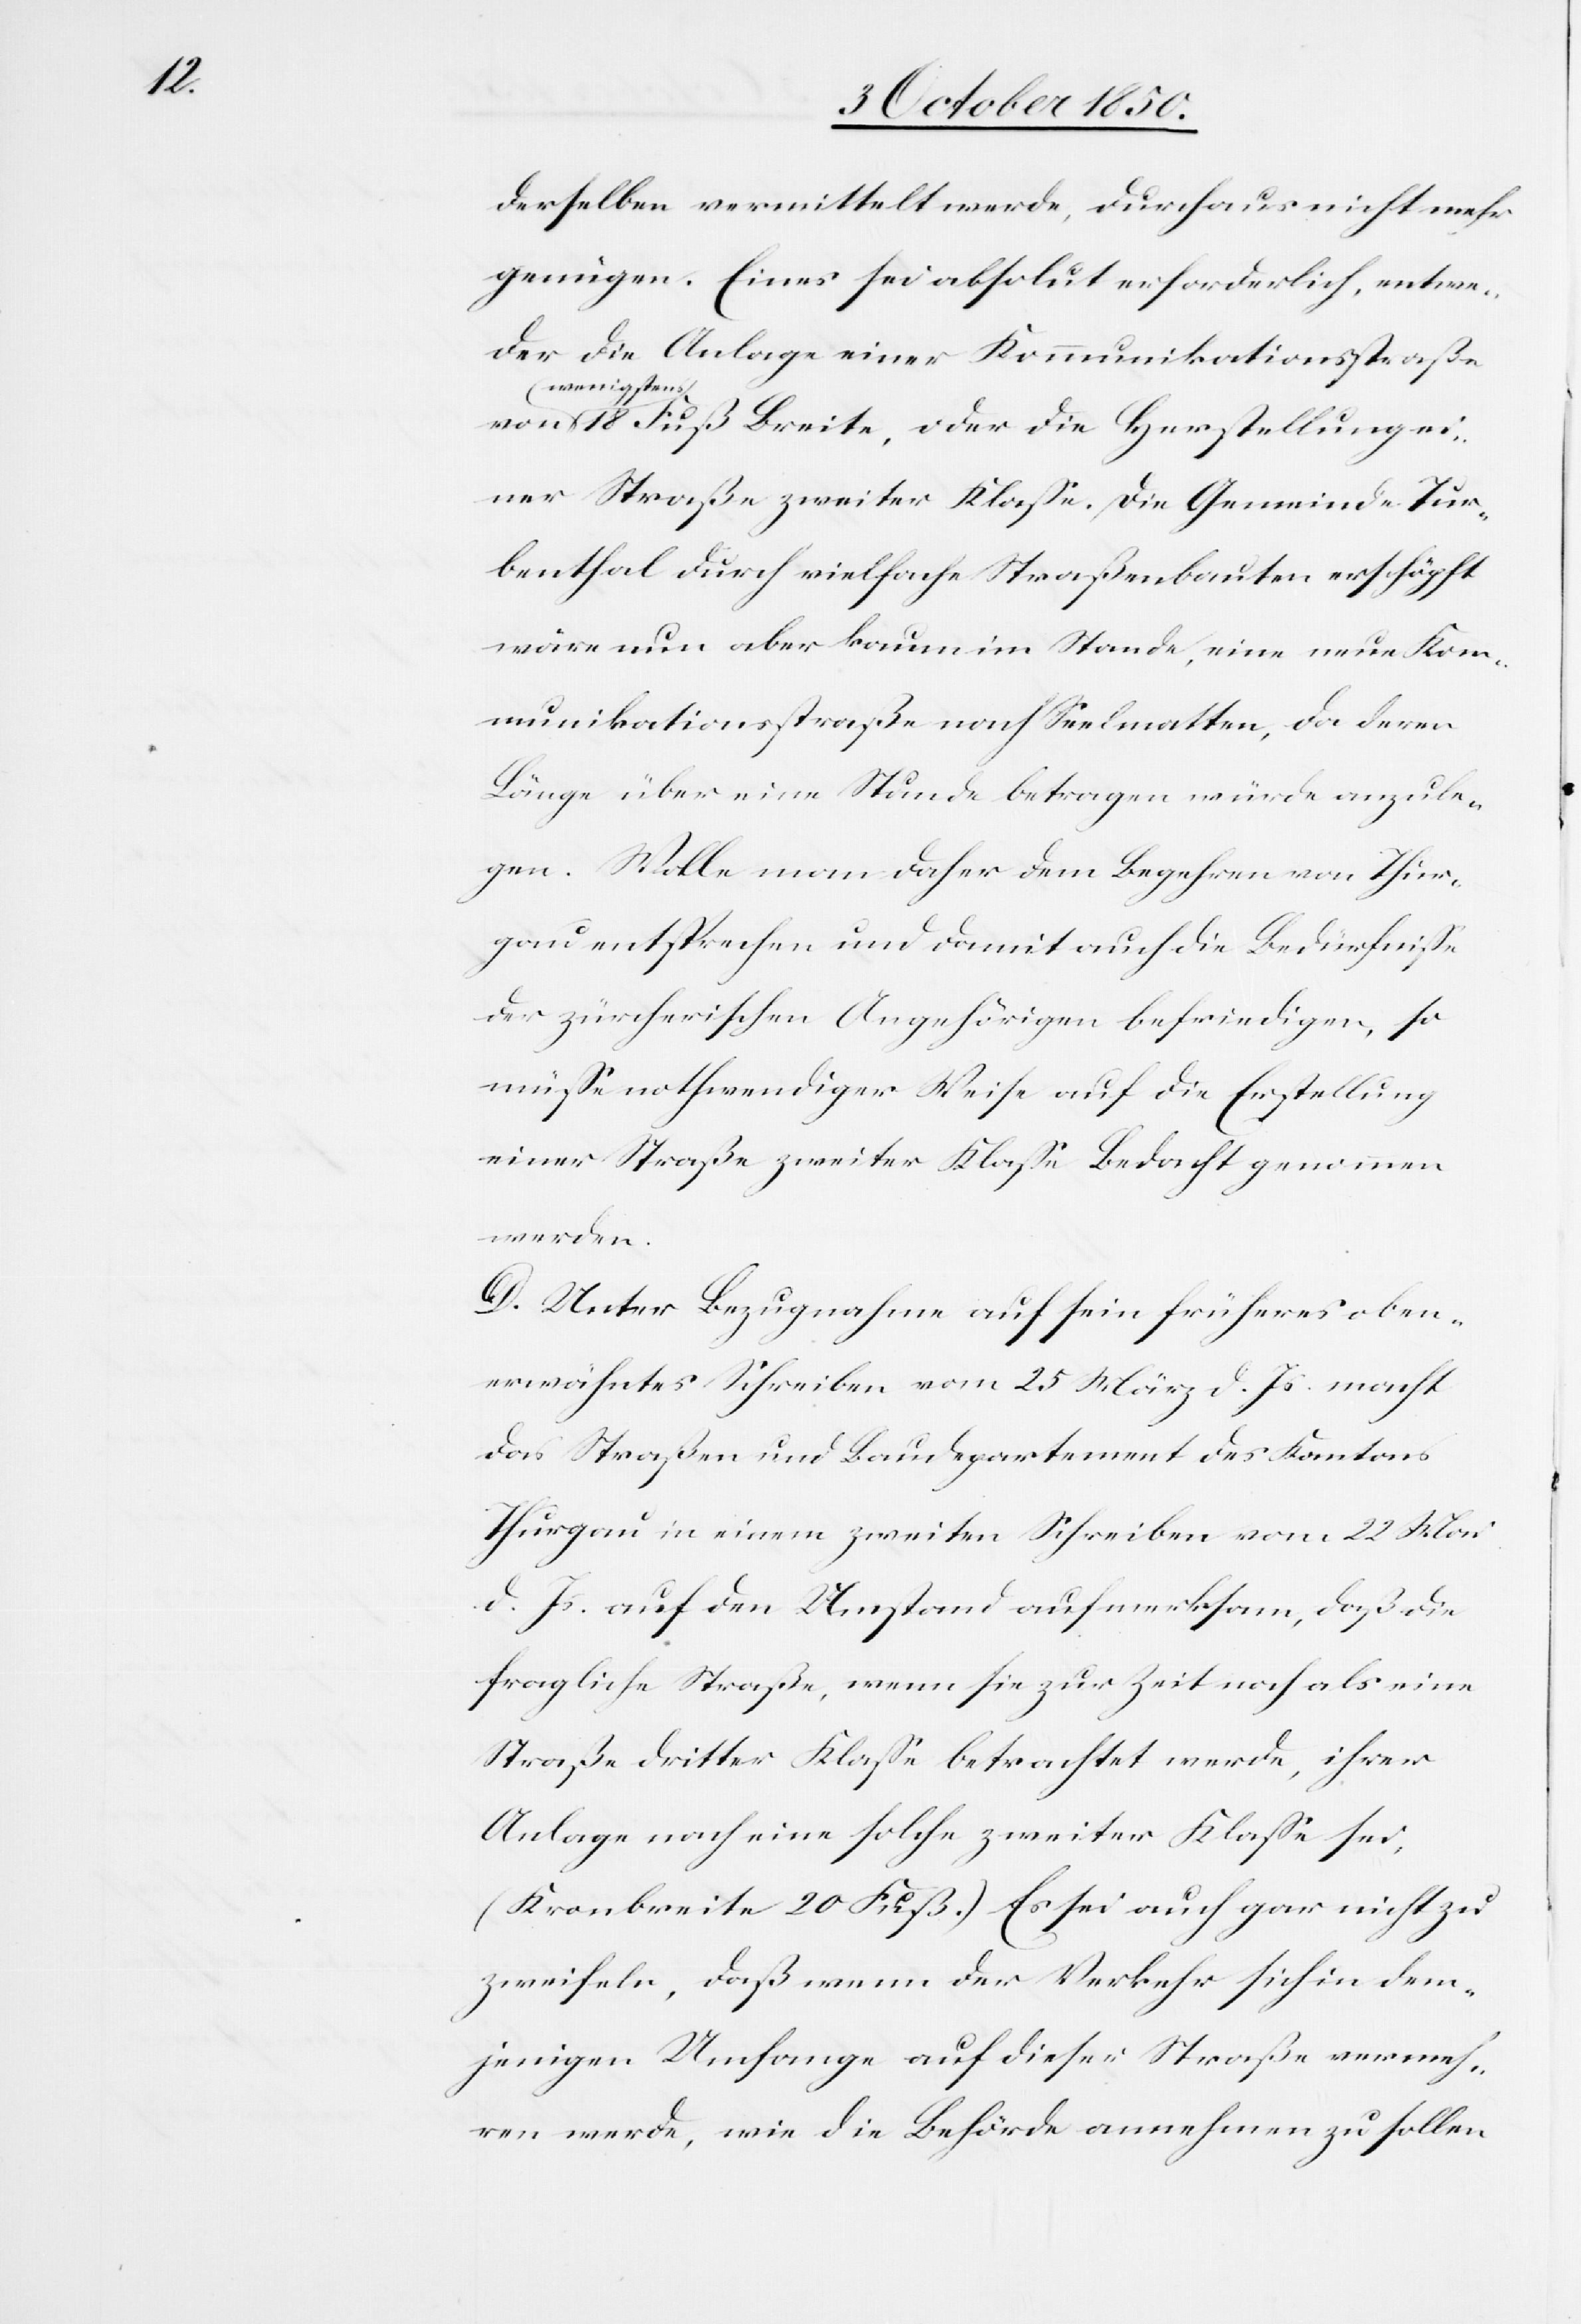
derselben vermittelt werde, durchaus nicht mehr
genügen. Eines sei absolut erforderlich, entwe¬
der die Anlage einer Kommunikationsstraße
wenigstens
18 Fuß Breite, oder die Herstellung ei¬
ner Straße zweiter Klasse. Die Gemeinde Tur¬
benthal durch vielfache Straßenbauten erschöpft
wäre nun aber kaum im Stande, eine neue Kom¬
munikationsstraße nach Seelmatten, da deren
Länge über eine Stunde betragen würde anzule¬
gen. Wolle man daher dem Begehren von Thur¬
gau entsprechen und damit auch die Bedürfnisse
der zürcherischen Angehörigen befriedigen, so
müsse nothwendiger Weise auf die Erstellung
einer Straße zweiter Klasse Bedacht genommen
werden.
D. Unter Bezugnahme auf sein früheres oben¬
erwähntes Schreiben vom 25 März d. Js. macht
das Straßen[-] und Baudepartement des Kantons
Thurgau in einem zweiten Schreiben vom 22 Mai
d. Js. auf den Umstand aufmerksam, daß die
fragliche Straße, wenn sie zur Zeit noch als eine
Straße dritter Klasse betrachtet werde, ihrer
Anlage nach eine solche zweiter Klasse sei,
(Kronbreite 20 Fuß.) Es sei auch gar nicht zu
zweifeln, daß wenn der Verkehr sich in dem¬
jenigen Umfange auf dieser Straße vermeh¬
ren werde, wie die Behörde annehmen zu sollen